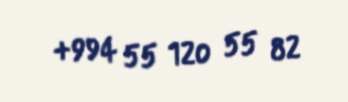
+994 55 120 55 82